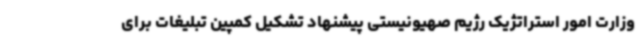
وزارت امور استراتژیک رژیم صهیونیستی پیشنهاد تشکیل کمپین تبلیغات برای